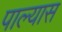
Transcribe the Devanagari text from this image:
पाल्यास